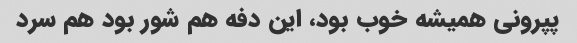
پپرونی همیشه خوب بود، این دفه هم شور بود هم سرد